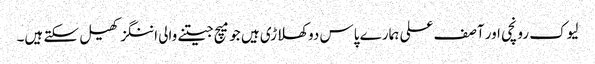
لیوک رونچی اور آصف علی ہمارے پاس دو کھلاڑی ہیں جو میچ جیتنے والی اننگز کھیل سکتے ہیں۔